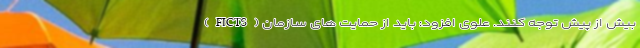
(FICTS) بیش از پیش توجه کنند. علوی افزود: باید از حمایت های سازمان